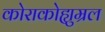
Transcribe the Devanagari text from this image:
कोराकोह्युम्रल